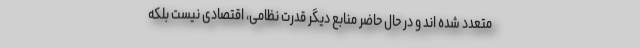
متعدد شده اند و در حال حاضر منابع دیگر قدرت نظامی، اقتصادی نیست بلکه